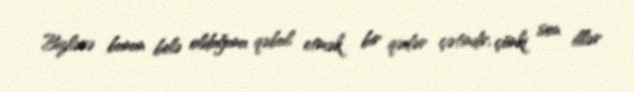
Bizlərə bunun belə olduğunu qəbul etmək bir qədər çətindir, çünki son illər